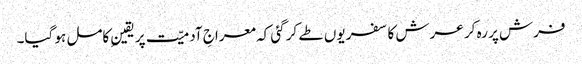
فرش پر رہ کر عرش کا سفر یوں طے کر گئی کہ معراجِ آدمیّت پر یقینِ کامل ہو گیا۔